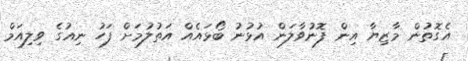
އެގޮތުން މާޒިޔާ އިން ފޮނުވާލަން އުޅުނު ބޯޅައެއް އަތުލުމަށް ފަހު ނިއުގެ ވިލިއަމް